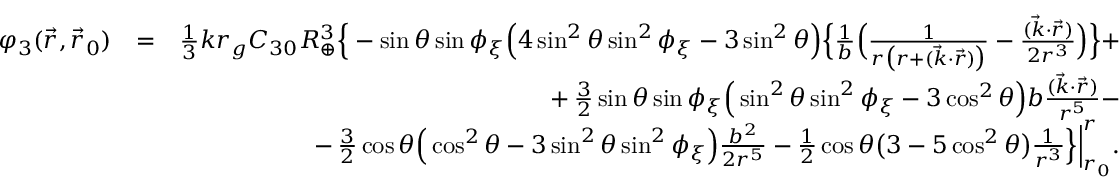
\begin{array} { r l r } { \varphi _ { 3 } ( \vec { r } , \vec { r } _ { 0 } ) } & { = } & { { \textstyle \frac { 1 } { 3 } } k r _ { g } C _ { 3 0 } R _ { \oplus } ^ { 3 } \Big \{ - \sin \theta \sin \phi _ { \xi } \Big ( 4 \sin ^ { 2 } \theta \sin ^ { 2 } \phi _ { \xi } - 3 \sin ^ { 2 } \theta \Big ) \Big \{ \frac { 1 } { b } \Big ( \frac { 1 } { r \big ( r + ( \vec { k } \cdot \vec { r } ) \big ) } - \frac { ( \vec { k } \cdot \vec { r } ) } { 2 r ^ { 3 } } \Big ) \Big \} + } \\ & { } & { + \, { \textstyle \frac { 3 } { 2 } } \sin \theta \sin \phi _ { \xi } \Big ( \sin ^ { 2 } \theta \sin ^ { 2 } \phi _ { \xi } - 3 \cos ^ { 2 } \theta \Big ) b \frac { ( \vec { k } \cdot \vec { r } ) } { r ^ { 5 } } - } \\ & { } & { - \, { \textstyle \frac { 3 } { 2 } } \cos \theta \Big ( \cos ^ { 2 } \theta - 3 \sin ^ { 2 } \theta \sin ^ { 2 } \phi _ { \xi } \Big ) \frac { b ^ { 2 } } { 2 r ^ { 5 } } - { \textstyle \frac { 1 } { 2 } } \cos \theta \big ( 3 - 5 \cos ^ { 2 } \theta \big ) \frac { 1 } { r ^ { 3 } } \Big \} \Big | _ { r _ { 0 } } ^ { r } . } \end{array}